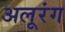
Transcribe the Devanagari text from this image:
अलूरंग